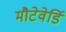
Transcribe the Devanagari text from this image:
मौटेवेर्डि